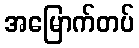
အမြောက်တပ်